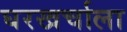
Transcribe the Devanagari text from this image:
घरखर्चाला